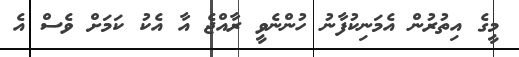
މީގެ އިތުރުން އެމަނިކުފާނު ހުންނެވީ ރާއްޖެ އާ އެކު ކަަމަށް ވެސް އެ